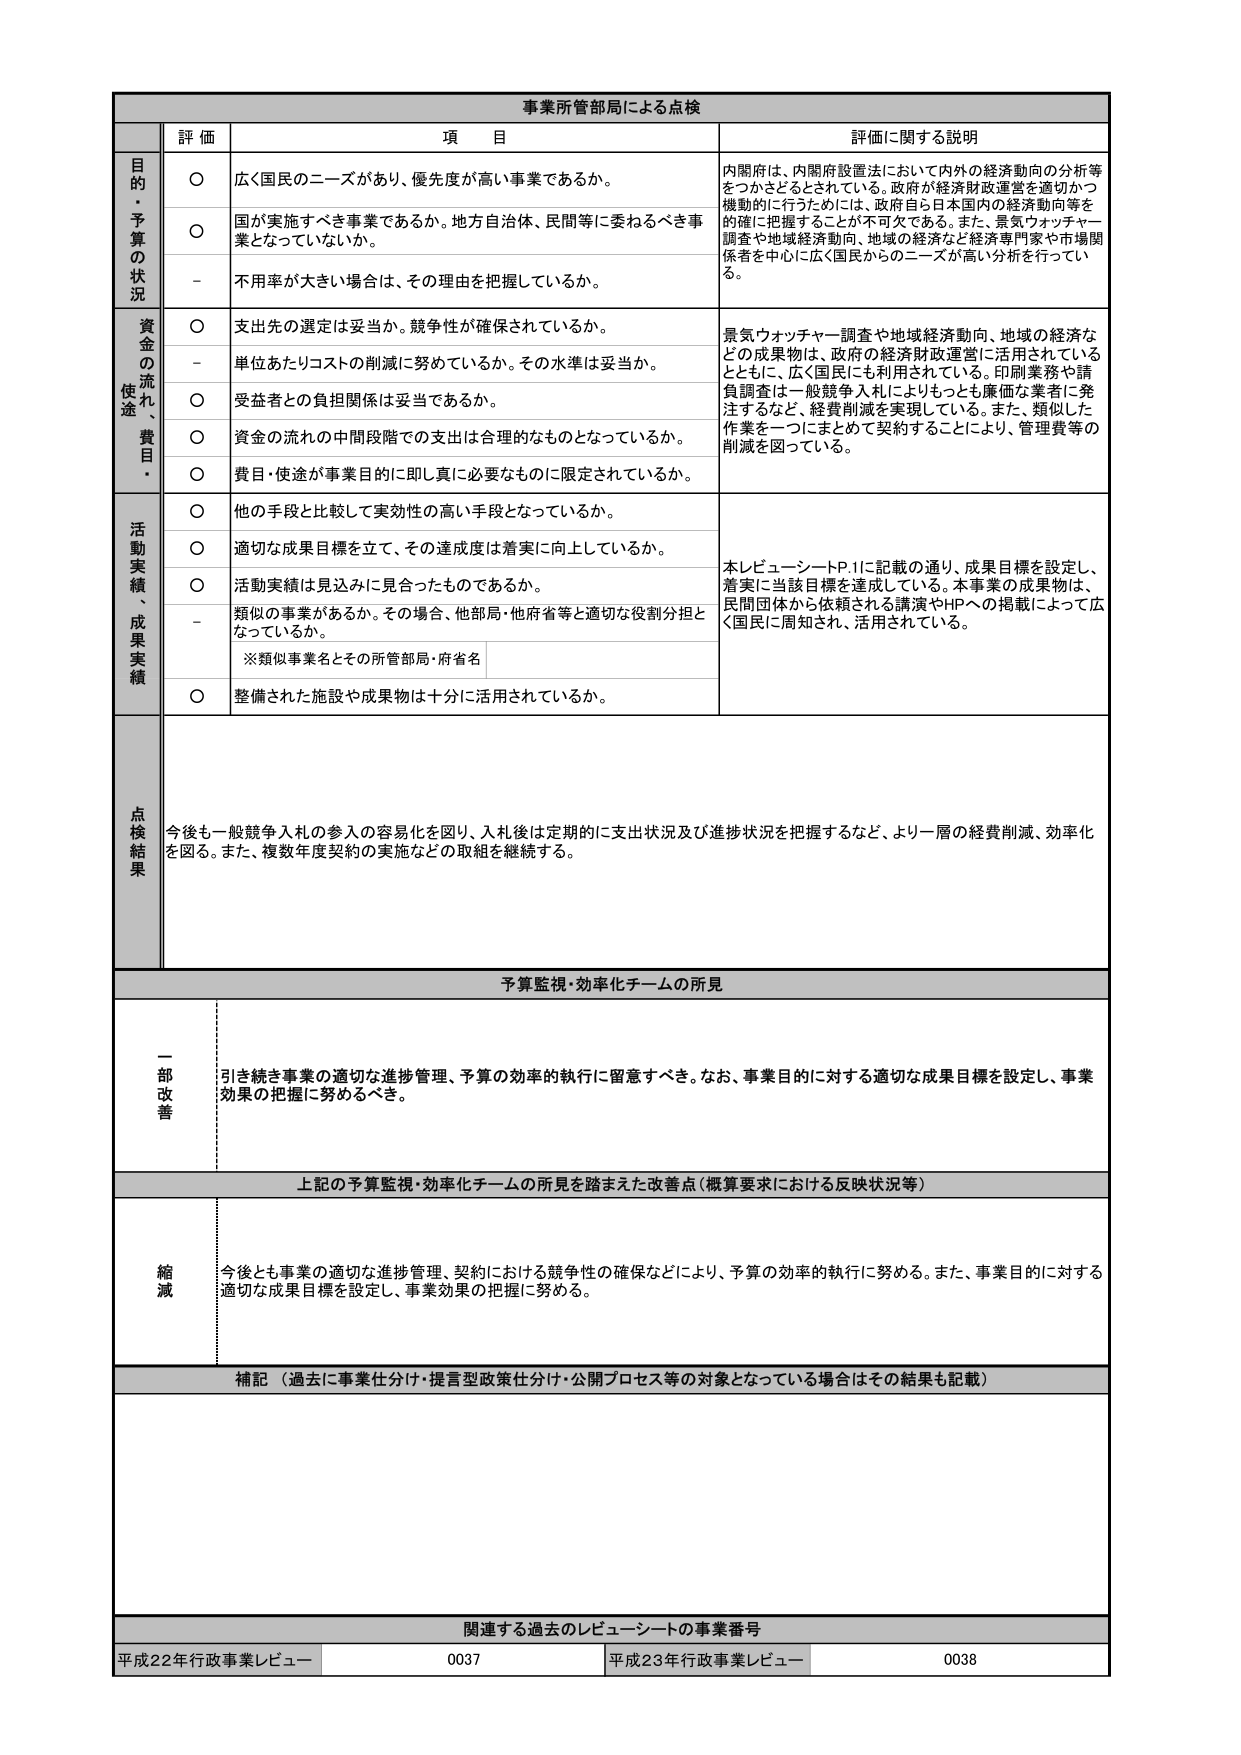
事業所管部局による点検

評価 項目 評価に関する説明

目的・予算の状況
○ 広く国民のニーズがあり、優先度が高い事業であるか。
○ 国が実施すべき事業であるか。地方自治体、民間等に委ねるべき事業となっていないか。
－ 不用率が大きい場合は、その理由を把握しているか。

資金の流れ・使途・費目
○ 支出先の選定は妥当か。競争性が確保されているか。
－ 単位あたりコストの削減に努めているか。その水準は妥当か。
○ 受益者との負担関係は妥当であるか。
○ 資金の流れの中間段階での支出は合理的なものとなっているか。
○ 費目・使途が事業目的に即し真に必要なものに限定されているか。

活動実績・成果実績
○ 他の手段と比較して実効性の高い手段となっているか。
○ 適切な成果目標を立て、その達成度は着実に向上しているか。
○ 活動実績は見込みに見合ったものであるか。
－ 類似の事業があるか。その場合、他部局・他府省等と適切な役割分担となっているか。
※類似事業名とその所管部局・府省名
○ 整備された施設や成果物は十分に活用されているか。

点検結果
今後も一般競争入札の参入の容易化を図り、入札後は定期的に支出状況及び進捗状況を把握するなど、より一層の経費削減、効率化を図る。また、複数年度契約の実施などの取組を継続する。

予算監視・効率化チームの所見

一部改善
引き続き事業の適切な進捗管理、予算の効率的執行に留意すべき。なお、事業目的に対する適切な成果目標を設定し、事業効果の把握に努めるべき。

上記の予算監視・効率化チームの所見を踏まえた改善点（概算要求における反映状況等）

縮減
今後とも事業の適切な進捗管理、契約における競争性の確保などにより、予算の効率的執行に努める。また、事業目的に対する適切な成果目標を設定し、事業効果の把握に努める。

補記（過去に事業仕分け・提言型政策仕分け・公開プロセス等の対象となっている場合はその結果も記載）

関連する過去のレビュー・シートの事業番号
平成22年行政事業レビュー 0037 平成23年行政事業レビュー 0038

内閣府は、内閣府設置法において内外の経済動向の分析等をつかさどるとされている。政府が経済財政運営を適切かつ機動的に行うためには、政府自ら日本国内の経済動向等を的確に把握することが不可欠である。また、景気ウォッチャー調査や地域経済動向、地域の経済など経済専門家や市場関係者を中心に広く国民からのニーズが高い分析を行っている。

景気ウォッチャー調査や地域経済動向、地域の経済などの成果物は、政府の経済財政運営に活用されているとともに、広く国民にも利用されている。印刷業務や請負調査は一般競争入札によりもっとも廉価な業者に発注するなど、経費削減を実現している。また、類似した作業を一つにまとめて契約することにより、管理費等の削減を図っている。

本レビュー・シートP.1に記載の通り、成果目標を設定し、着実に当該目標を達成している。本事業の成果物は、民間団体から依頼される講演やHPへの掲載によって広く国民に周知され、活用されている。